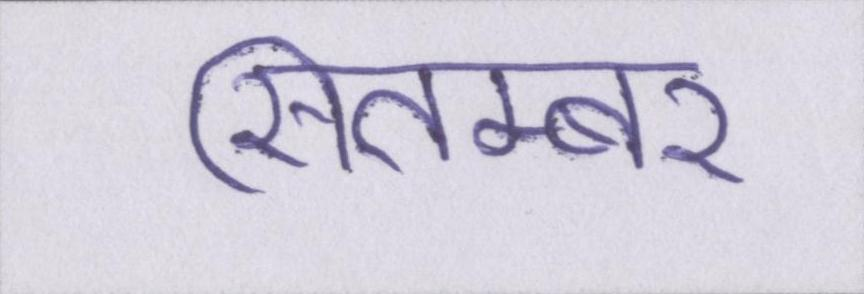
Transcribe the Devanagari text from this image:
सितम्बर